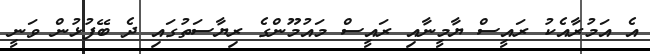
އެ އަމުރާއެކު ރައީސް ޔާމީނާއި ރައީސް މައުމޫންގެ ރިޔާސަތުގައި ދެ ބޭފުޅުން ވަނީ